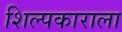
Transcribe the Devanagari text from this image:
शिल्पकाराला